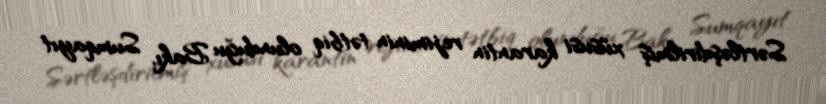
Sərtləşdirilmiş xüsusi karantin rejiminin tətbiq olunduğu Bakı, Sumqayıt